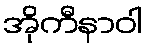
အိုကီနာဝါ